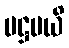
ပဋ္ဌပယိ